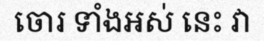
ចោរ ទាំងអស់ នេះ វា